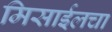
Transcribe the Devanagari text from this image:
मिसाईलचा